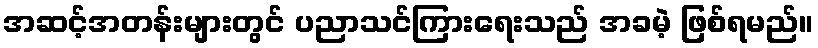
အဆင့်အတန်းများတွင် ပညာသင်ကြားရေးသည် အခမဲ့ ဖြစ်ရမည်။